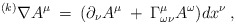
\begin{align*} ^{(k)}\nabla A^{\mu}\: =\: (\partial_{\nu} A^{\mu}\: + \: \Gamma^{\mu}_{\omega \nu} A^{\omega}) dx^{\nu}\: ,\end{align*}